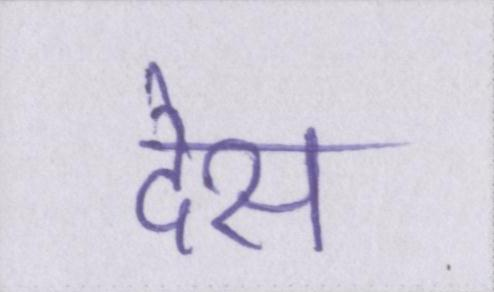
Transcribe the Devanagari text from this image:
देस